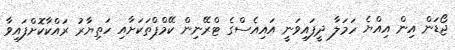
ޖޯޑަން އިން އިއްޔެ ހަމަލާ ދީފައިވަނީ އައިއެސްގެ ޓްރޭނިން ކޭމްޕްތަކަށާއި ހަތިޔާރު ރައްކާކޮށްފައިވާ